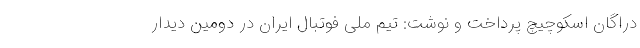
دراگان اسکوچیچ پرداخت و نوشت: تیم ملی فوتبال ایران در دومین دیدار